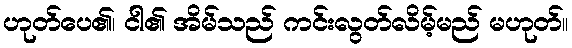
ဟုတ်ပေ၏၊ ငါ၏ အိမ်သည် ကင်းလွတ်လိမ့်မည် မဟုတ်။